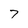
Character: 7